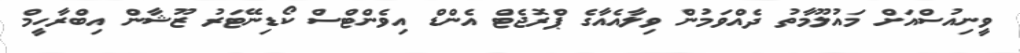
ވީނިއުސްއަށް މައުލޫމާތު ދެއްވަމުން ވިލާއެއާގެ ޕްރޮޖެޓް އެންޑް އިވެންޓްސް ކޯޑިނޭޓަރު ޒޫޝާން އިބްރާހީމް